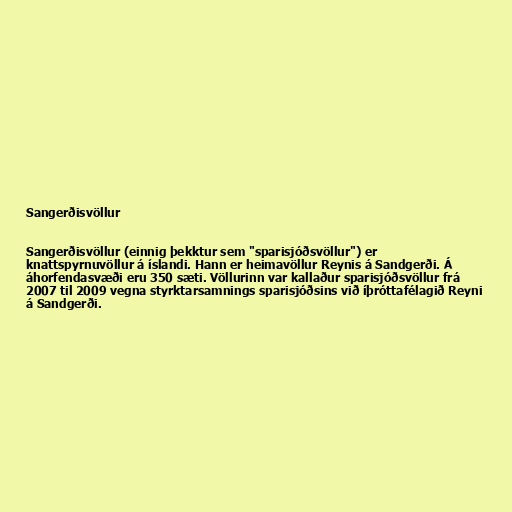
Sangerðisvöllur

Sangerðisvöllur (einnig þekktur sem "sparisjóðsvöllur") er
knattspyrnuvöllur á íslandi. Hann er heimavöllur Reynis á Sandgerði. Á
áhorfendasvæði eru 350 sæti. Völlurinn var kallaður sparisjóðsvöllur frá
2007 til 2009 vegna styrktarsamnings sparisjóðsins við íþróttafélagið Reyni
á Sandgerði.